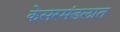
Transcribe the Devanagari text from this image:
केसरमंडलात